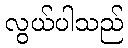
လွယ်ပါသည်